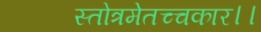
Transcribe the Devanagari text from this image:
स्तोत्रमेतच्चकार।।